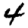
Digit: 4